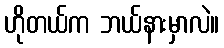
ဟိုတယ်က ဘယ်နားမှာလဲ။